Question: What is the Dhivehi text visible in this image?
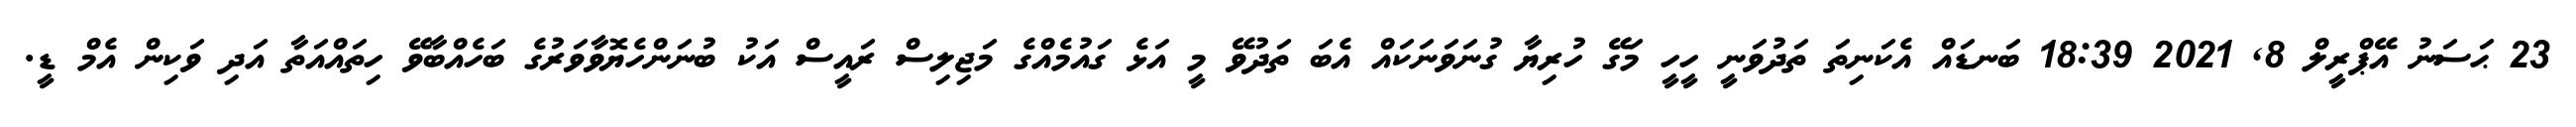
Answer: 23 ޙަސަނު އޭޕްރީލް 8, 2021 18:39 ބަނޑައް އެކަނިތަ ތަދުވަނީ ހީހީ މަގޭ ހުރިޔާ ގުނަވަނަކައް އެބަ ތަދުވޭ މީ އަޅެ ގައުމެއްގެ މަޖިލިސް ރައީސް އަކު ބުނަންހެޔޮވާވަރުގެ ބަހެއްބާވޭ ހިތައްއަތާ އަދި ވަކިން އެމް ޑީ.